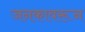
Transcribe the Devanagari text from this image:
जनकावरून